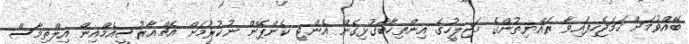
ބޭއްވުމަށް ހަމަޖެހިފައިވާ ރައްޔިތުންގެ މަޖިލީހުގެ އިންތިހާބާގުޅިގެން އެންޓި ކެންޕޭން ނުކުރުމަށް އެޗްއާރުސީއެމްއިން އިލްތިމާސް